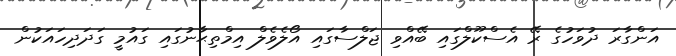
އަންގާރަ ދުވަހުގެ ރޭ އެސްކޫލްގައި ބޭއްވި ޖަލްސާގައި އޯލެވެލް އިމްތިޙާނުގައި ގައުމީ ގަދަދިހައަކުން